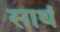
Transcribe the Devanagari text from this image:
साथं